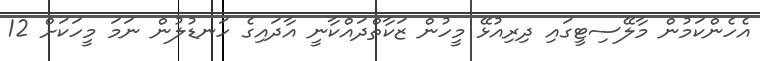
އެހެންކަމުން މާލޭސިޓީގައި ދިރިއުޅޭ މީހުން ޒަކާތްދައްކާނީ އާދައިގެ ހަނޑުލުން ނަމަ މީހަކަށް 12